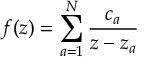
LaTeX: f ( z ) = \sum _ { a = 1 } ^ { N } { \frac { c _ { a } } { z - z _ { a } } }